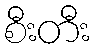
စီးတီး